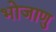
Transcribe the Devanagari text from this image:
भोजाणु